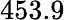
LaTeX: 453.9